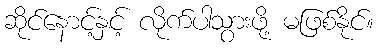
ဆိုင်နောင့်နှင့် လိုက်ပါသွားဖို့ မဖြစ်နိုင်။